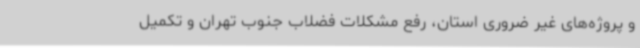
و پروژه‌های غیر ضروری استان، رفع مشکلات فضلاب جنوب تهران و تکمیل